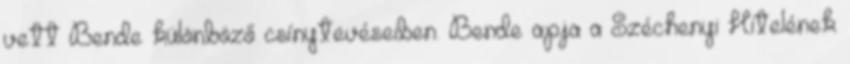
vett Bende különböző csínytevéseiben. Bende apja a Széchenyi Hitelének